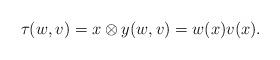
LaTeX: \begin{align*}\tau(w,v)={x\otimes y}(w,v)=w(x)v(x).\end{align*}